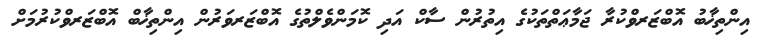
އިންތިޚާބު އޮބްޒަރވްކުރާ ޖަމާޢަތްތަކުގެ އިތުރުން ސާކް އަދި ކޮމަންވެލްތުގެ އޮބްޒަރވަރުން އިންތިޚާބް އޮބްޒަރވްކުރުމަށް